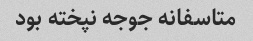
متاسفانه جوجه نپخته بود